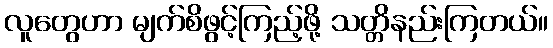
လူတွေဟာ မျက်စိဖွင့်ကြည့်ဖို့ သတ္တိနည်းကြတယ်။